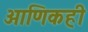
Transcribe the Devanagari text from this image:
आणिकही